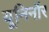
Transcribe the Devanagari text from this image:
यूनिनॉर